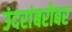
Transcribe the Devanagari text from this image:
उंदरांबरोबर